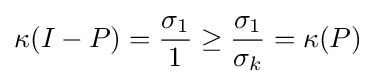
\kappa (I-P)={\frac {\sigma _{1}}{1}}\geq {\frac {\sigma _{1}}{\sigma _{k}}}=\kappa (P)